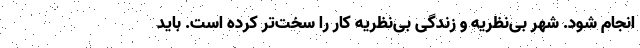
انجام شود. شهر بی‌نظریه و زندگی بی‌نظریه کار را سخت‌تر کرده است. باید